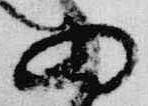
為